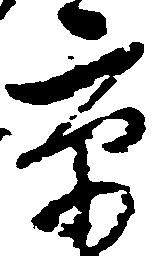
京